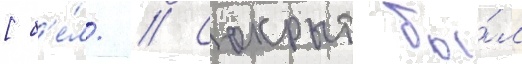
[б'е́л. // Сокрыт бы́л